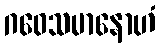
ဂဝေသမာနောဟံ